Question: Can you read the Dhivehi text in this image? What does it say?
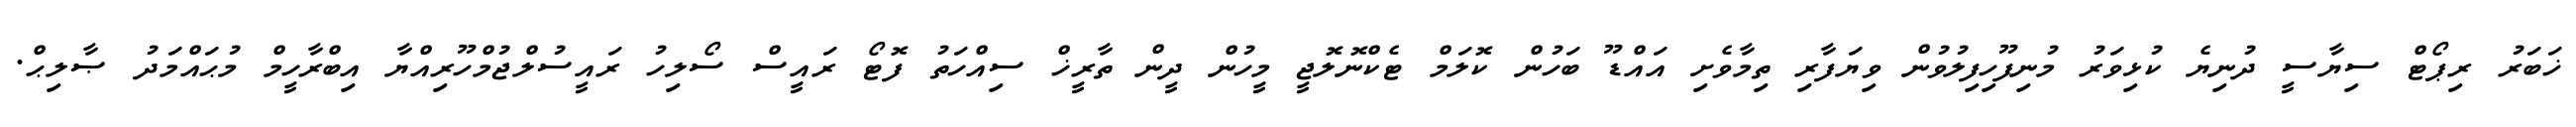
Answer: ޚަބަރު ރިޕޯޓް ސިޔާސީ ދުނިޔެ ކުޅިވަރު މުނިފޫހިފިލުވުން ވިޔަފާރި ތިމާވެށި އައްޑޫ ބަހުން ކޮލަމް ޓެކްނޮލޮޖީ މީހުން ދީން ތާރީޚް ސިއްހަތު ފޮޓޯ ރައީސް ސޯލިހު ރައީސުލްޖުމްހޫރިއްޔާ އިބްރާހީމް މުޙައްމަދު ޞާލިޙް.